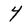
Character: 4